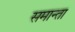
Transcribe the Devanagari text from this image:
समान्ता